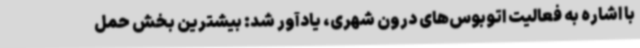
با اشاره به فعالیت اتوبوس‌های درون شهری، یادآور شد: بیشترین بخش حمل